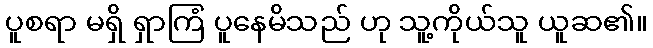
ပူစရာ မရှိ ရှာကြံ ပူနေမိသည် ဟု သူ့ကိုယ်သူ ယူဆ၏။